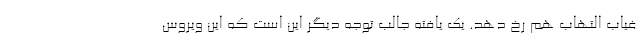
غیاب التهاب هم رخ دهد. یک یافته جالب توجه دیگر این است که این ویروس